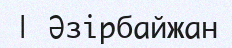
| Әзірбайжан